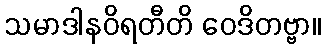
သမာဒါနဝိရတီတိ ဝေဒိတဗ္ဗာ။